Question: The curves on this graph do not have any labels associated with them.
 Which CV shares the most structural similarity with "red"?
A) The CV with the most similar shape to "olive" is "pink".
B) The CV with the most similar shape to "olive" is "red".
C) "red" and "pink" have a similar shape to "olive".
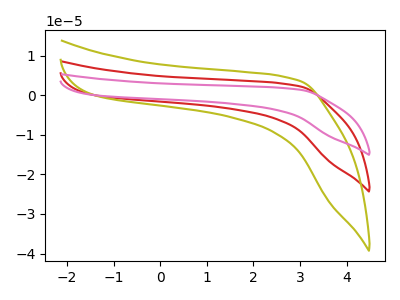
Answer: <think>The red curve "red" has no peaks. The olive curve "olive" has no peaks. The pink curve "pink" has no peaks.
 Neither "red" or "olive" have any peaks. Neither "red" or "pink" have any peaks. Neither "olive" or "pink" have any peaks.</think>
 <answer>C) "red" and "pink" have a similar shape to "olive".</answer>
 <eval>C</eval>